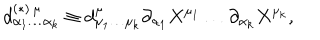
d _ { \alpha _ { 1 } \ldots \alpha _ { k } } ^ { ( \ast ) \, \mu } \equiv d _ { \mu _ { 1 } \ldots \mu _ { k } } ^ { \mu } \partial _ { \alpha _ { 1 } } X ^ { \mu _ { 1 } } \ldots \partial _ { \alpha _ { k } } X ^ { \mu _ { k } } ,